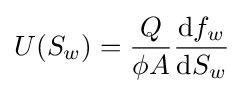
U(S_{w})={\frac {Q}{\phi A}}{\frac {\mathrm {d} f_{w}}{\mathrm {d} S_{w}}}